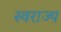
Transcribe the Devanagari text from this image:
स्‍वराज्य